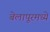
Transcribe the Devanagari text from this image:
बेलापूरमध्ये